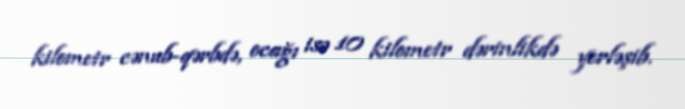
kilometr cənub-qərbdə, ocağı isə 10 kilometr dərinlikdə yerləşib.